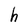
Character: h